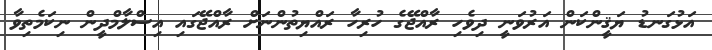
އަޅުގަނޑު ޔަޤީންކަން އަރުވަނީ ދިވެހި ރާއްޖޭގެ ހުރިހާ ރައްޔިތުންނަށް ރާއްޖޭގައި އިސްލާމްދީން ނިކަމެތިވާ